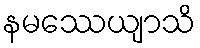
နမဿေယျာသိ